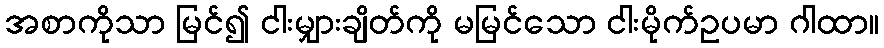
အစာကိုသာ မြင်၍ ငါးမျှားချိတ်ကို မမြင်သော ငါးမိုက်ဥပမာ ဂါထာ။